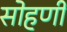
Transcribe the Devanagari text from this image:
सोहणी